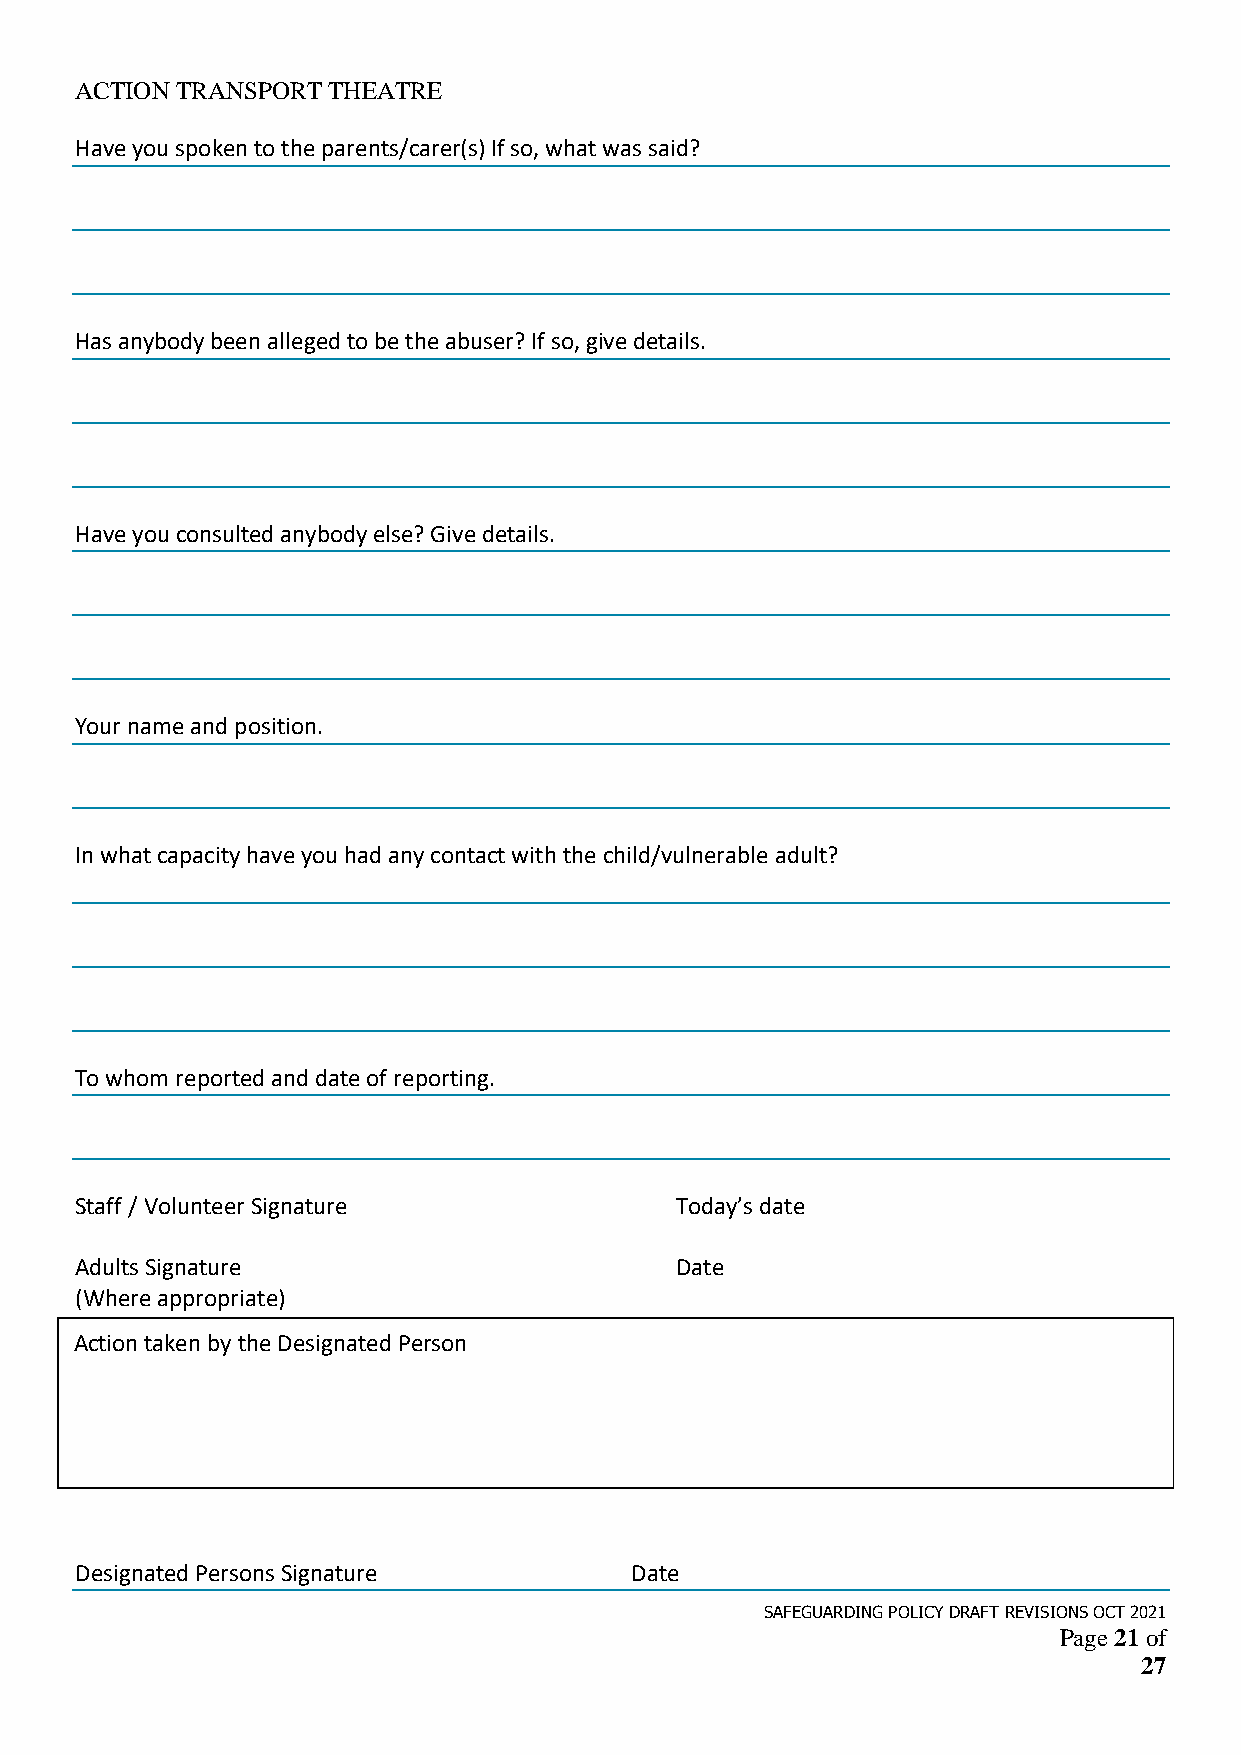
ACTION TRANSPORT THEATRE
 Have you spoken to the parents/carer(s) If so, what was said?
 Has anybody been alleged to be the abuser? If so, give details.
 Have you consulted anybody else? Give details.
 Your name and position.
 In what capacity have you had any contact with the child/vulnerable adult?
 To whom reported and date of reporting.
 Staff / Volunteer Signature             Today’s date
 Adults Signature                        Date
 (Where appropriate)
 Action taken by the Designated Person
 Designated Persons Signature         Date
 SAFEGUARDING POLICY DRAFT REVISIONS OCT 2021
 Page 21 of
 27